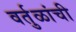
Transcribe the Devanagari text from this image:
वर्तुळांची